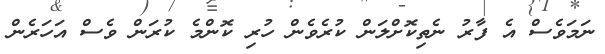
ނަމަވެސް އެ ފާރު ނެތިކޮށްލަން ކުރެވެން ހުރި ކޮންމެ ކުރަން ވެސް އަހަރެން